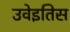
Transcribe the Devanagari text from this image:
उवेइतिस